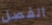
الفصل